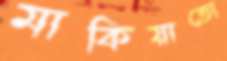
মাকিয়াতো